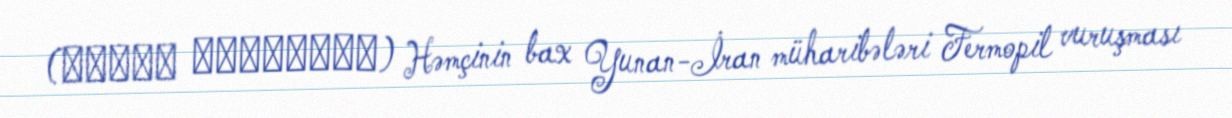
(Κύρου ἀνάβασις) Həmçinin bax Yunan-İran müharibələri Fermopil vuruşması